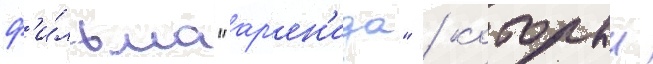
ф'и́льма "ар'ен'ида" / которыи